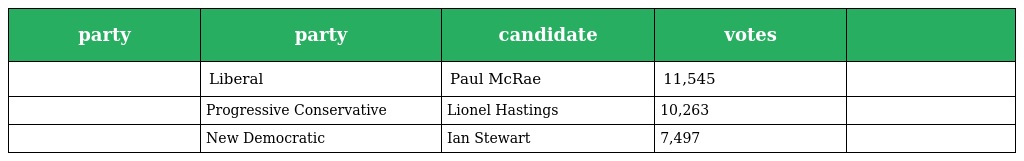
| party | party | candidate | votes |  |
 | --- | --- | --- | --- | --- |
 |  | Liberal | Paul McRae | 11,545 |  |
 |  | Progressive Conservative | Lionel Hastings | 10,263 |  |
 |  | New Democratic | Ian Stewart | 7,497 |  |